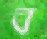
ব